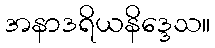
အနာဒရိယနိဒ္ဒေသ။